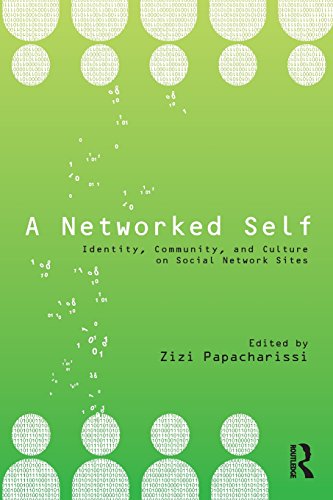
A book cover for A Networked Self: Identity, Community, and Culture on Social Network Sites; Computers & Technology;